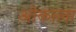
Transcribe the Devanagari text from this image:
ओकाला